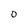
Character: O